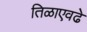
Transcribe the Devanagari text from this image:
तिळाएवढे